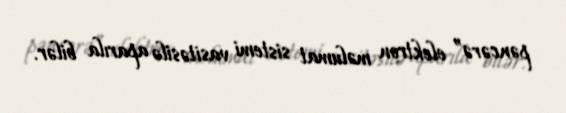
pəncərə” elektron məlumat sistemi vasitəsilə aparıla bilər.